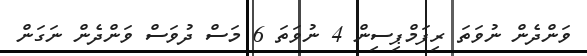
ވަންދެން ނުވަތަ ރިފަމްޕިސިން 4 ނުވަތަ 6 މަސް ދުވަސް ވަންދެން ނަގަން